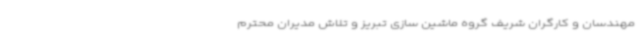
مهندسان و کارگران شریف گروه ماشین سازی تبریز و تلاش مدیران محترم